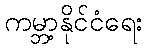
ကမ္ဘာ့နိုင်ငံရေး